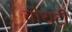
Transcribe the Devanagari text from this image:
चोयटी